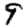
Digit: 9